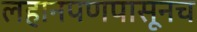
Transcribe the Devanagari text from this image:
लहानपणपासूनच